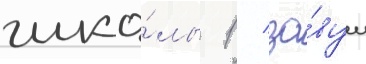
шко́лы 1 / за́вуч